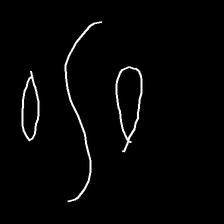
Glyph: water